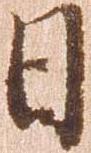
日